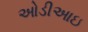
ઓડીઆઇ